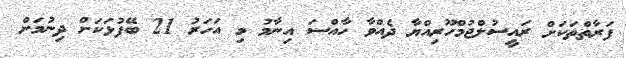
ފަރާތްތަކަށް ރައީސުލްޖުމްހޫރިއްޔާ ދެއްވާ ހާއްސަ އިނާމު މި އަހަރު 21 ބޭފުޅަކަށް ދިނުމަށް